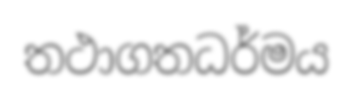
තථාගතධර්මය